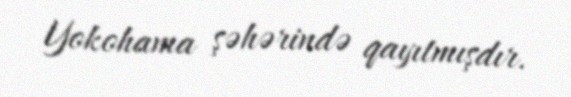
Yokohama şəhərində qayıtmışdır.